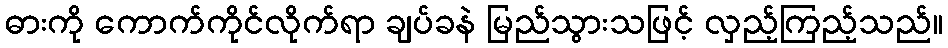
ဓားကို ကောက်ကိုင်လိုက်ရာ ချပ်ခနဲ မြည်သွားသဖြင့် လှည့်ကြည့်သည်။